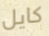
كايل